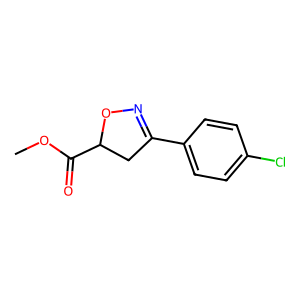
SMILES: COC(=O)C1CC(c2ccc(Cl)cc2)=NO1
Inhibits HIV replication: No